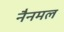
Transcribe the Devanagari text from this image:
नैनमल